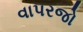
વાપરજો